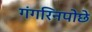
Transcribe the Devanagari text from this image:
गंगरिनपोछे